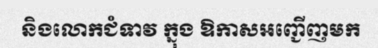
និងលោកជំទាវ ក្នុង ឱកាសអញ្ជើញមក